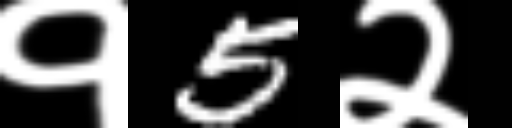
Text: १5२